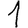
Digit: 1